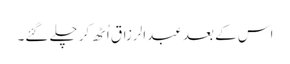
اس کے بعد عبدالرزاق اُٹھ کر چلے گئے۔